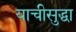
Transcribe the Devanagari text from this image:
याचीसुद्धा